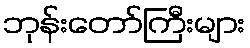
ဘုန်းတော်ကြီးများ